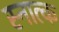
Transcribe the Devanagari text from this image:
स्नात्क